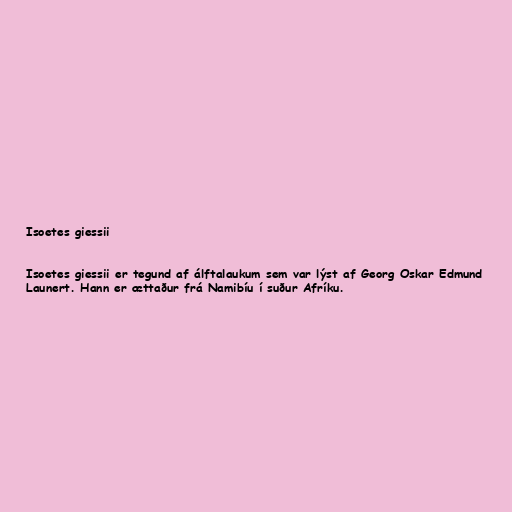
Isoetes giessii

Isoetes giessii er tegund af álftalaukum sem var lýst af Georg Oskar Edmund
Launert. Hann er ættaður frá Namibíu í suður Afríku.